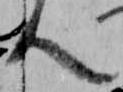
人